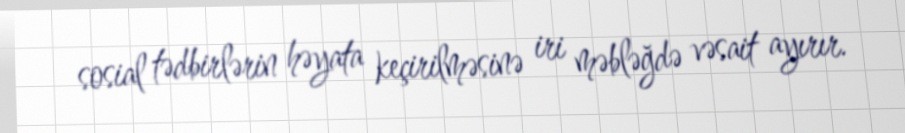
sosial tədbirlərin həyata keçirilməsinə iri məbləğdə vəsait ayırır.